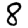
Digit: 8